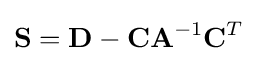
\mathbf {S} =\mathbf {D} -\mathbf {C} \mathbf {A} ^{-1}\mathbf {C} ^{T}